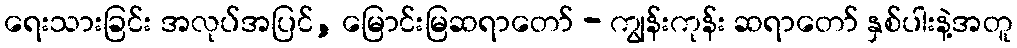
ရေးသားခြင်း အလုပ်အပြင်, မြောင်းမြဆရာတော် - ကျွန်းကုန်း ဆရာတော် နှစ်ပါးနဲ့အတူ